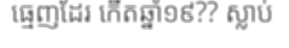
ធ្មេញដែរ កើតឆ្នាំ១៩?? ស្លាប់